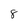
Character: 8